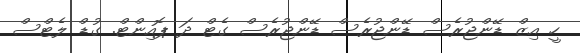
ހީ އިޒް ޑޭންޖުރެސް ޑޭންޖުރެސް ޑޭންޖުރެސް ގެޓް ދަ ޕޮއިންޓް. ގުޑް ލެޓްސް